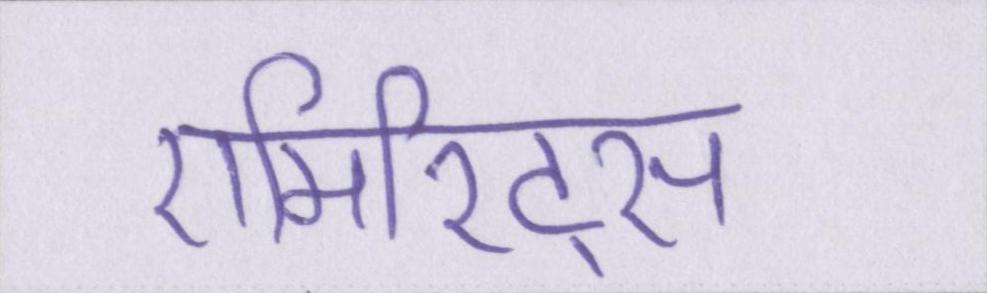
एमिरिट्स